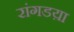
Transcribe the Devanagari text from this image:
रांगडय़ा